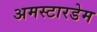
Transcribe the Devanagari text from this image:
अमस्टारडेम